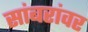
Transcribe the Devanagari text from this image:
सांबरांवर